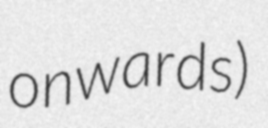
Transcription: onwards)